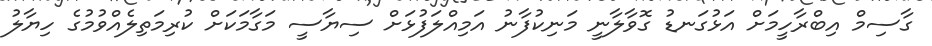
ގާސިމް އިބްރާހީމަށް އަޅުގަނޑު ގޮވާލާނީ މަނިކުފާނު އަމިއްލަފުޅަށް ސިޔާސީ މަގާމަކަށް ކުރިމަތިލެއްވުމުގެ ހިޔާލު